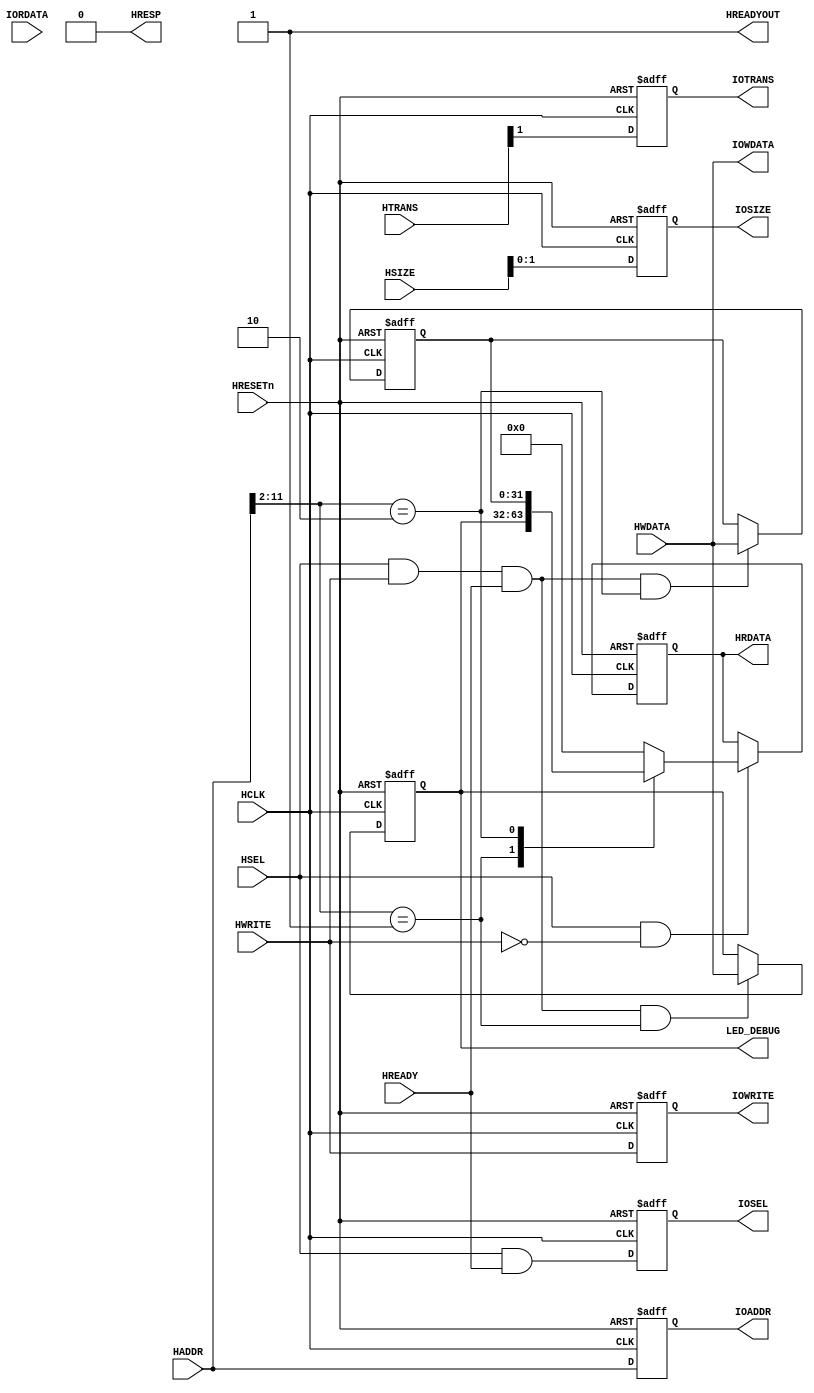
//-----------------------------------------------------------------------------
// Abstract : Simple AHB ISPcontroller devices
//-----------------------------------------------------------------------------
//-------------------------------------
// Programmer's model 
// To be modified
// 0x00 R     reg_key_val[3:0] keyboard code value
// 0x04 W     LED 
// 0x08 W     To be used in SD card control
// 0x0C W     reg_seg_digital[31:0]
// 0x10 W     reg_buzzer_cycle[31:0]
// 0x14 W     reg_buzzer_duty[31:0]
//-------------------------------------
module mysdk_ahb_ISPcontroller
// ----------------------------------------------------------------------------
// Port Definitions
// ----------------------------------------------------------------------------
  (// AHB Inputs
   input  wire                 HCLK,      // system bus clock
   input  wire                 HRESETn,   // system bus reset
   input  wire                 HSEL,      // AHB peripheral select
   input  wire                 HREADY,    // AHB ready input
   input  wire  [1:0]          HTRANS,    // AHB transfer type
   input  wire  [2:0]          HSIZE,     // AHB hsize
   input  wire                 HWRITE,    // AHB hwrite
   input  wire [11:0]          HADDR,     // AHB address bus
   input  wire [31:0]          HWDATA,    // AHB write data bus

   // IOP Inputs
   input wire [31:0]           IORDATA,    // I/0 read data bus

   // AHB Outputs
   output wire                 HREADYOUT, // AHB ready output to S->M mux
   output wire                 HRESP,     // AHB response
   output wire [31:0]          HRDATA,

   // IOP Outputs
   output reg                  IOSEL,      // Decode for peripheral
   output reg  [11:0]          IOADDR,     // I/O transfer address
   output reg                  IOWRITE,    // I/O transfer direction
   output reg  [1:0]           IOSIZE,     // I/O transfer size
   output reg                  IOTRANS,    // I/O transaction
   output wire [31:0]          IOWDATA,
   output wire [31:0]			LED_DEBUG
   );   // I/O write data bus

  always @(posedge HCLK or negedge HRESETn)
  begin
    if (~HRESETn)
      IOSEL <= 1'b0;
    else
      IOSEL <= HSEL & HREADY;
  end

  // registered address, update only if selected to reduce toggling
  always @(posedge HCLK or negedge HRESETn)
  begin
    if (~HRESETn)
      IOADDR <= {12{1'b0}};
    else
      IOADDR <= HADDR[11:0];
  end

  // Data phase write control
  always @(posedge HCLK or negedge HRESETn)
  begin
    if (~HRESETn)
      IOWRITE <= 1'b0;
    else
      IOWRITE <= HWRITE;
  end

  // registered hsize, update only if selected to reduce toggling
  always @(posedge HCLK or negedge HRESETn)
  begin
    if (~HRESETn)
      IOSIZE <= {2{1'b0}};
    else
      IOSIZE <= HSIZE[1:0];
  end

  // registered HTRANS, update only if selected to reduce toggling
  always @(posedge HCLK or negedge HRESETn)
  begin
    if (~HRESETn)
      IOTRANS <= 1'b0;
    else
      IOTRANS <= HTRANS[1];
  end

  assign IOWDATA   = HWDATA;
  assign HREADYOUT = 1'b1;
  assign HRESP     = 1'b0;

  //reg read_enable;
  assign read_enable = HSEL & (~HWRITE);
  assign write_enable = HSEL &(HWRITE)&HREADY;
  assign  write_enable04 = write_enable & (HADDR[11:2] == 10'h001);
  assign  write_enable08 = write_enable & (HADDR[11:2] == 10'h002);
  assign  write_enable0C = write_enable & (HADDR[11:2] == 10'h003);
  assign  write_enable10 = write_enable & (HADDR[11:2] == 10'h004);
  assign  write_enable14 = write_enable & (HADDR[11:2] == 10'h005);
  reg [31:0] led_light;
  reg [31:0] TO_BE_USED_REG;
  always @(posedge HCLK or negedge HRESETn) 
  if (~HRESETn)
    led_light <= 32'b0;
  else if (write_enable04)
    led_light <= HWDATA;
  else
    led_light<=led_light;
    
  always @(posedge HCLK or negedge HRESETn) 
  if (~HRESETn)
    TO_BE_USED_REG <= 32'b0;
  else if (write_enable08)
    TO_BE_USED_REG <= HWDATA;
  else
    TO_BE_USED_REG<=TO_BE_USED_REG;
    
      
  reg [31:0]HRDATA_reg;
  always @(posedge HCLK or negedge HRESETn) 
  if (~HRESETn)
  	HRDATA_reg<=1'b0;
  else if(read_enable)
  	case(HADDR[11:2])
      10'h001:HRDATA_reg<=led_light;
      10'h002:HRDATA_reg<=TO_BE_USED_REG;
      default:HRDATA_reg<=32'b0;
   	endcase
  else
  	HRDATA_reg<=HRDATA_reg;
   assign HRDATA[31:0] = HRDATA_reg;
   //assign HRDATA[31:0] = (read_enable) ? led_light : 32'b0;
   assign LED_DEBUG[31:0] = led_light;
endmodule